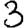
Digit: 3